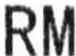
RM